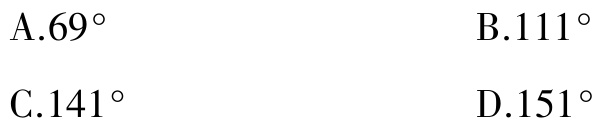
A.$69^{\circ}$

B.$111^{\circ}$

C.$141^{\circ}$

D.$151^{\circ}$